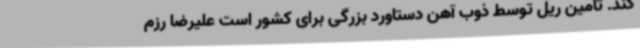
کند. تأمین ریل توسط ذوب آهن دستاورد بزرگی برای کشور است علیرضا رزم